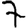
Digit: 7